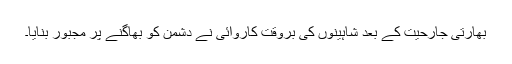
بھارتی جارحیت کے بعد شاہینوں کی بروقت کاروائی نے دشمن کو بھاگنے پر مجبور بنایا۔